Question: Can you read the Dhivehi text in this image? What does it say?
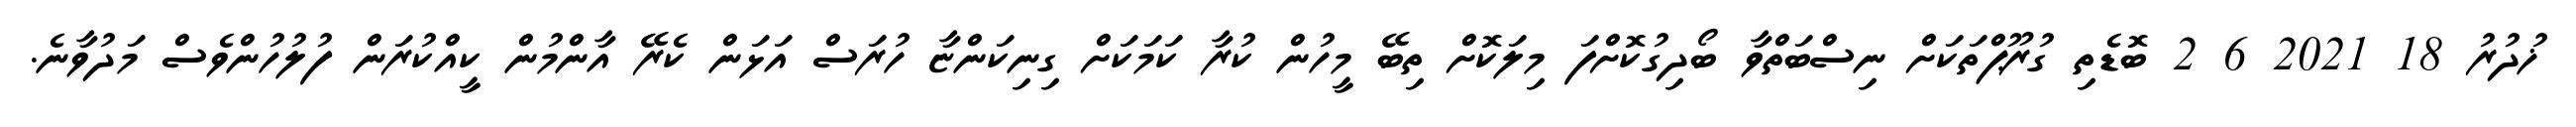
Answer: ޚުދުރު 18 2021 6 2 ބޮޑެތި ގުރޫޕްތަކަށް ނިސްބަތްވާ ބޯދިގުކޮށްފަ މިލަކޮށް ތިބޭ މީހުން ކުރާ ކަމަކަށް ގިނިކަންޏާ ހުރަސް އަޅަން ކެރޭ އާންމުން ކީއްކުރަން ފުލުހުންވެސް މަދުވާނެ.